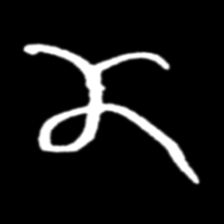
Pyu character \u2014 Myanmar letter: ဏ (romanized: nna)